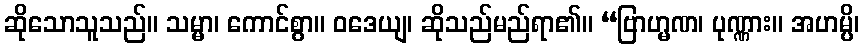
ဆိုသောသူသည်။ သမ္မာ၊ ကောင်စွာ။ ဝဒေယျ၊ ဆိုသည်မည်ရာ၏။ “ဗြာဟ္မဏ၊ ပုဏ္ဏား။ အဟမ္ပိ၊